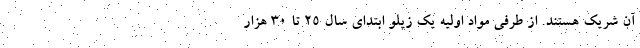
آن شریک هستند. از طرفی مواد اولیه یک زیلو ابتدای سال ۲۵ تا ۳۰ هزار